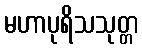
မဟာပုရိသသုတ္တ